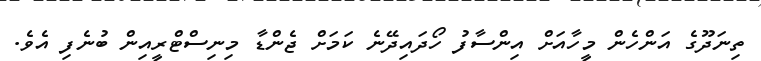
ތިނަދޫގެ އަންހެން މީހާއަށް އިންސާފު ހޯދައިދޭނެ ކަމަށް ޖެންޑާ މިނިސްޓްރީއިން ބުނެފި އެވެ.